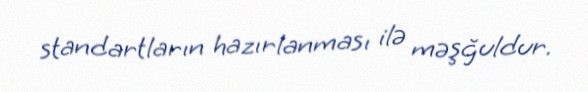
standartların hazırlanması ilə məşğuldur.